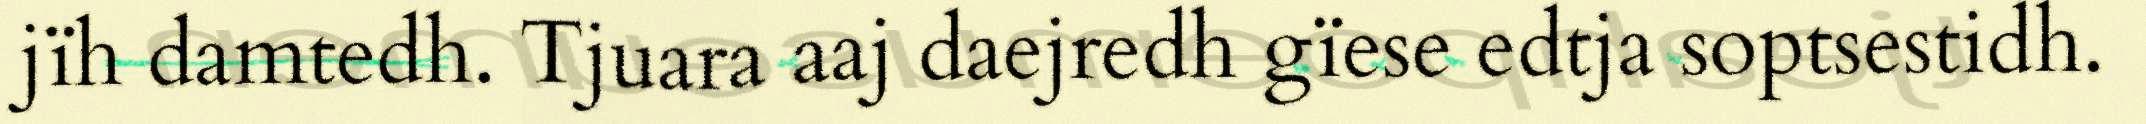
jïh damtedh. Tjuara aaj daejredh gïese edtja soptsestidh.